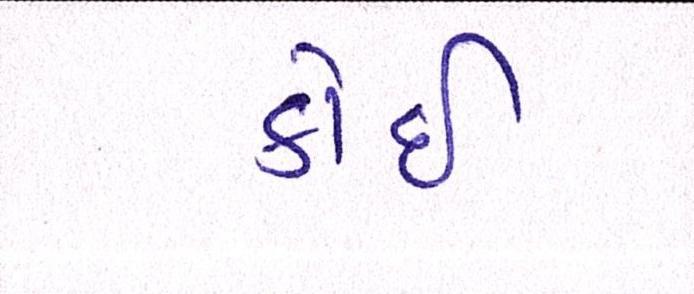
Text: કોઈ